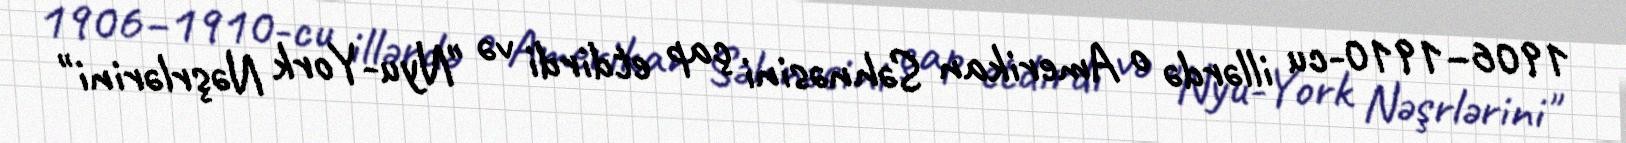
1906–1910-cu illərdə o Amerikan Səhnəsini çap etdirdi və "Nyu-York Nəşrlərini"